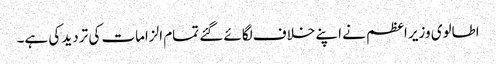
اطالوی وزیر اعظم نے اپنے خلاف لگائے گئے تمام الزامات کی تردید کی ہے۔